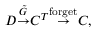
D { \stackrel { \tilde { G } } { \to } } C ^ { T } { \stackrel { \mathrm { f o r g e t } } { \to } } C ,